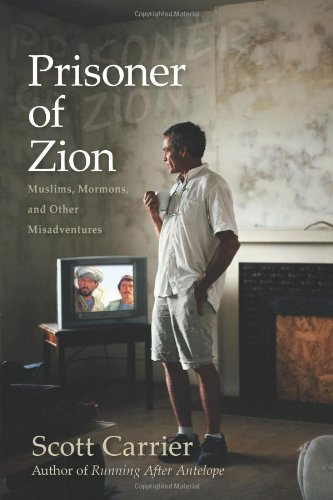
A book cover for Prisoner of Zion: Muslims, Mormons and Other Misadventures; Scott Carrier; Travel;